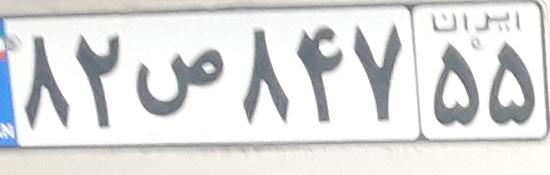
۸۲ص۸۴۷۵۵